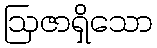
ဩဇာရှိသော